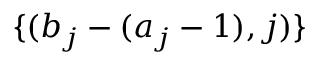
\{ ( b _ { j } - ( a _ { j } - 1 ) , j ) \}